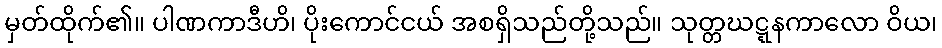
မှတ်ထိုက်၏။ ပါဏကာဒီဟိ၊ ပိုးကောင်ငယ် အစရှိသည်တို့သည်။ သုတ္တဃဋ္ဋနကာလော ဝိယ၊